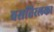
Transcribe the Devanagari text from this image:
वसतिरलका